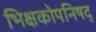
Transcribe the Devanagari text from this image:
भिक्षकोपनिषद्